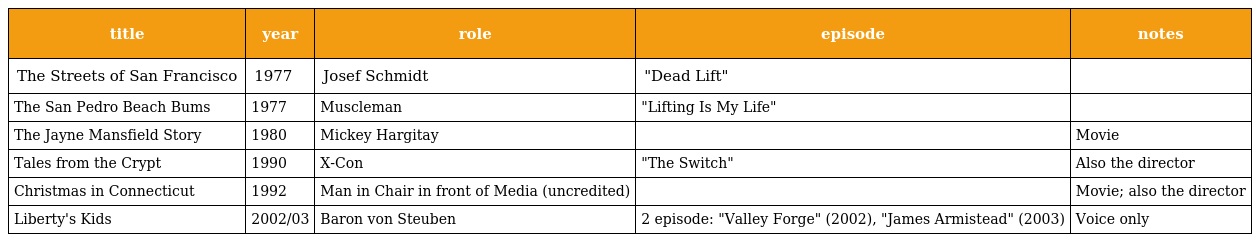
| title | year | role | episode | notes |
 | --- | --- | --- | --- | --- |
 | The Streets of San Francisco | 1977 | Josef Schmidt | "Dead Lift" |  |
 | The San Pedro Beach Bums | 1977 | Muscleman | "Lifting Is My Life" |  |
 | The Jayne Mansfield Story | 1980 | Mickey Hargitay |  | Movie |
 | Tales from the Crypt | 1990 | X-Con | "The Switch" | Also the director |
 | Christmas in Connecticut | 1992 | Man in Chair in front of Media (uncredited) |  | Movie; also the director |
 | Liberty's Kids | 2002/03 | Baron von Steuben | 2 episode: "Valley Forge" (2002), "James Armistead" (2003) | Voice only |